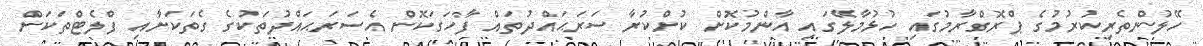
ހޭލުންތެރިކުރުމުގެ ޕްރޮގްރާމުގައި ހުޅުމާލޭގައި އާންމުކޮށް ކުށްކުރާ ސަރަޙައްދުތައް ފާހަގަކޮށް އެސަރަޙައްދުތަކުގެ ގެތަކަށާއި ފްލެޓްތަކަށް